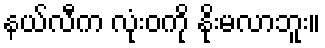
နယ်လီက လုံးဝကို နိုးမလာဘူး။